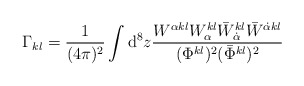
\begin{align*}\Gamma_{kl}=\frac{1}{(4\pi)^2}\int {\rm d}^8z\frac{W^{\alpha kl}W^{kl}_\alpha\bar{W}^{kl}_{\dot{\alpha}}\bar{W}^{\dot{\alpha}kl}}{(\Phi^{kl})^2(\bar{\Phi}^{kl})^2}\end{align*}